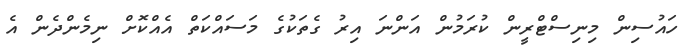
ހައުސިން މިނިސްޓްރީން ކުރަމުން އަންނަ އިރު ގެތަކުގެ މަސައްކަތް އެއްކޮށް ނިމެންދެން އެ